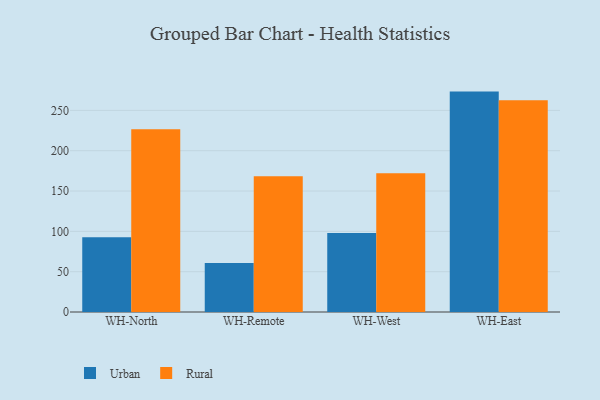
{"axis": {"x": "Warehouse", "y": "Revenue (USD Million)"}, "legend": ["Rural", "Urban"], "data": [{"x": "WH-North", "y": 92.7, "type": "Urban"}, {"x": "WH-North", "y": 226.6, "type": "Rural"}, {"x": "WH-Remote", "y": 60.7, "type": "Urban"}, {"x": "WH-Remote", "y": 168.4, "type": "Rural"}, {"x": "WH-West", "y": 97.9, "type": "Urban"}, {"x": "WH-West", "y": 172.0, "type": "Rural"}, {"x": "WH-East", "y": 273.3, "type": "Urban"}, {"x": "WH-East", "y": 262.6, "type": "Rural"}]}